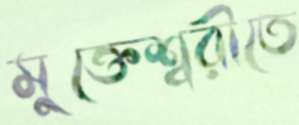
মুক্তেশ্বরীতে